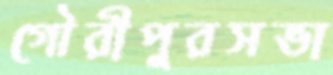
গৌরীপুরসভা